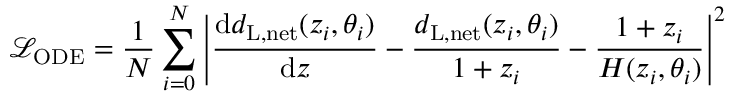
\mathcal { L } _ { \mathrm { O D E } } = \frac { 1 } { N } \sum _ { i = 0 } ^ { N } \left| \frac { \mathrm { d } d _ { \mathrm { L , n e t } } ( z _ { i } , \theta _ { i } ) } { \mathrm { d } z } - \frac { d _ { \mathrm { L , n e t } } ( z _ { i } , \theta _ { i } ) } { 1 + z _ { i } } - \frac { 1 + z _ { i } } { H ( z _ { i } , \theta _ { i } ) } \right| ^ { 2 }